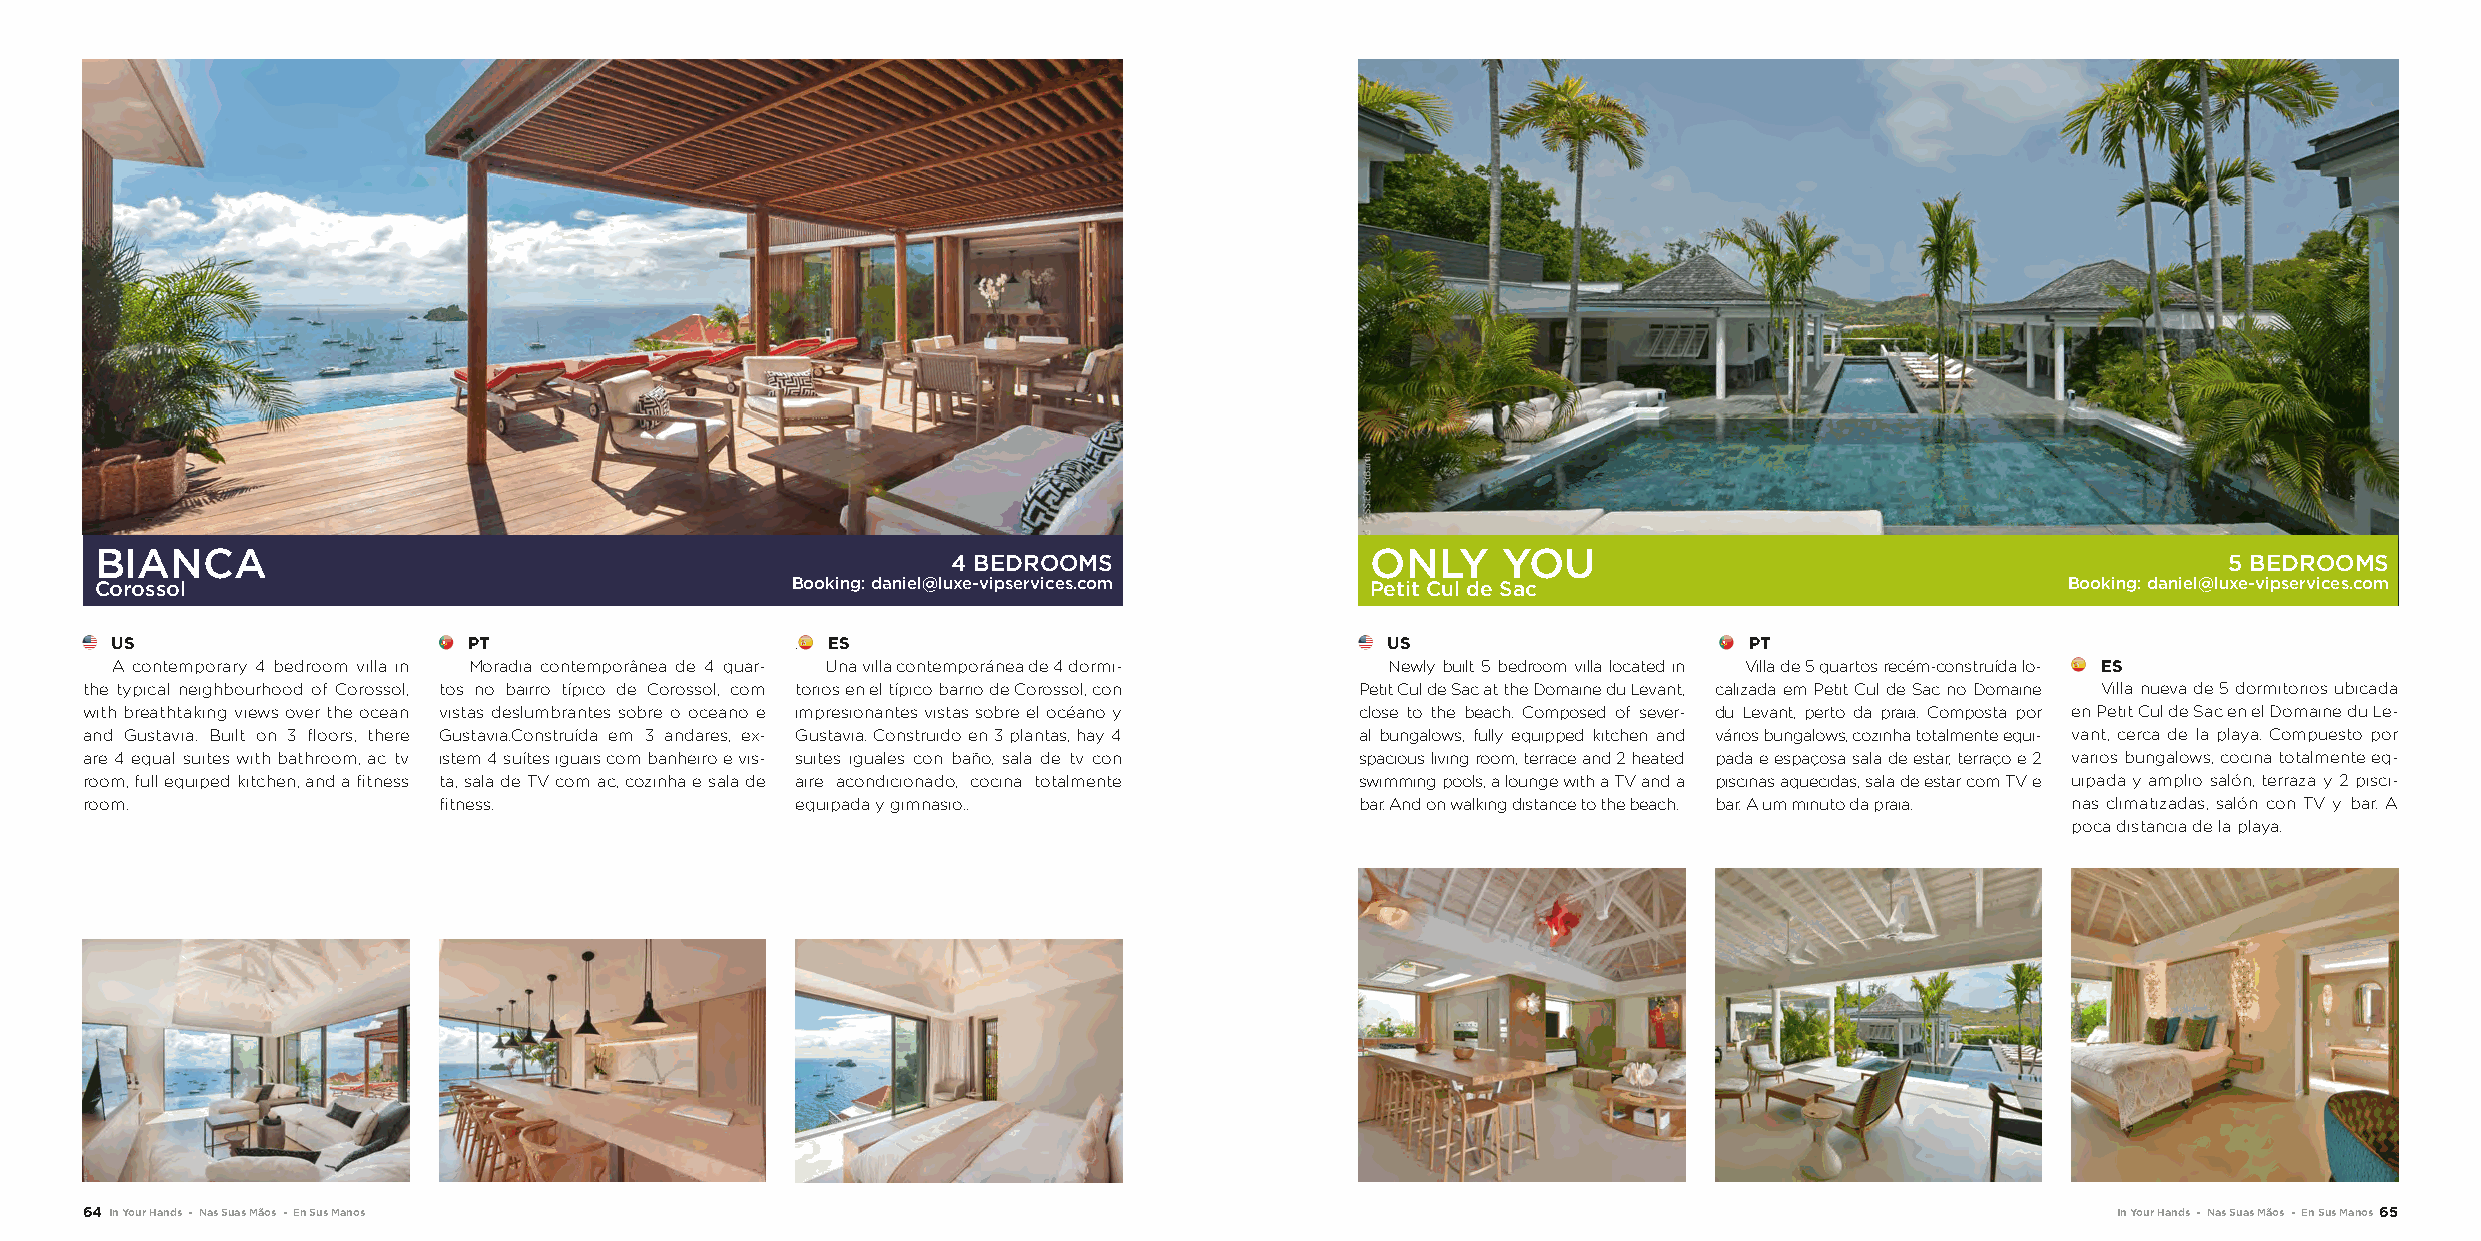
BIANCA                                                                               ONLY    YOU
 4 BEDROOMS                                                                          5 BEDROOMS
 Corossol                                      Booking: daniel@luxe-vipservices.com   Petit Cul de Sac                              Booking: daniel@luxe-vipservices.com
 US                      PT                    . ES                                   US                      PT
 A contemporary 4 bedroom villa in Moradia contemporânea de 4 quar- Una villa contemporánea de 4 dormi- Newly built 5 bedroom villa located in Villa de 5 quartos recém-construída lo- ES
 the typical neighbourhood of Corossol, tos no bairro típico de Corossol, com torios en el típico barrio de Corossol, con Petit Cul de Sac at the Domaine du Levant, calizada em Petit Cul de Sac no Domaine Villa nueva de 5 dormitorios ubicada
 with breathtaking views over the ocean vistas deslumbrantes sobre o oceano e impresionantes vistas sobre el océano y close to the beach. Composed of sever- du Levant, perto da praia. Composta por en Petit Cul de Sac en el Domaine du Le-
 and Gustavia. Built on 3 floors, there Gustavia.Construída em 3 andares, ex- Gustavia. Construido en 3 plantas, hay 4 al bungalows, fully equipped kitchen and vários bungalows, cozinha totalmente equi- vant, cerca de la playa. Compuesto por
 are 4 equal suites with bathroom, ac tv istem 4 suítes iguais com banheiro e vis- suites iguales con baño, sala de tv con spacious living room, terrace and 2 heated pada e espaçosa sala de estar, terraço e 2 varios bungalows, cocina totalmente eq-
 room, full equiped kitchen, and a fitness ta, sala de TV com ac, cozinha e sala de aire acondicionado, cocina totalmente swimming pools, a lounge with a TV and a piscinas aquecidas, sala de estar com TV e uipada y amplio salón, terraza y 2 pisci-
 room.                   fitness.                equipada y gimnasio..                bar. And on walking distance to the beach. bar. A um minuto da praia. nas climatizadas, salón con TV y bar. A
 poca distancia de la playa.
 64 In Your Hands - Nas Suas Mãos - En Sus Manos                                                                                        In Your Hands - Nas Suas Mãos - En Sus Manos 65